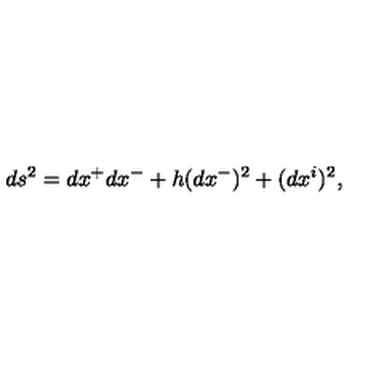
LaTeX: d s ^ { 2 } = d x ^ { + } d x ^ { - } + h ( d x ^ { - } ) ^ { 2 } + ( d x ^ { i } ) ^ { 2 } ,